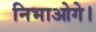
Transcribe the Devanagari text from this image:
निभाओगे।